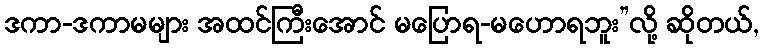
ဒကာ-ဒကာမများ အထင်ကြီးအောင် မပြောရ-မဟောရဘူး”လို့ ဆိုတယ်,